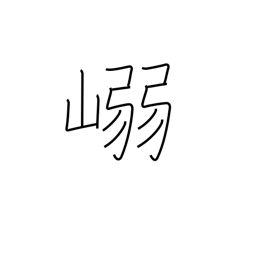
Meaning: mountain pass